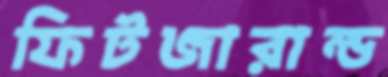
ফিটজারাল্ড